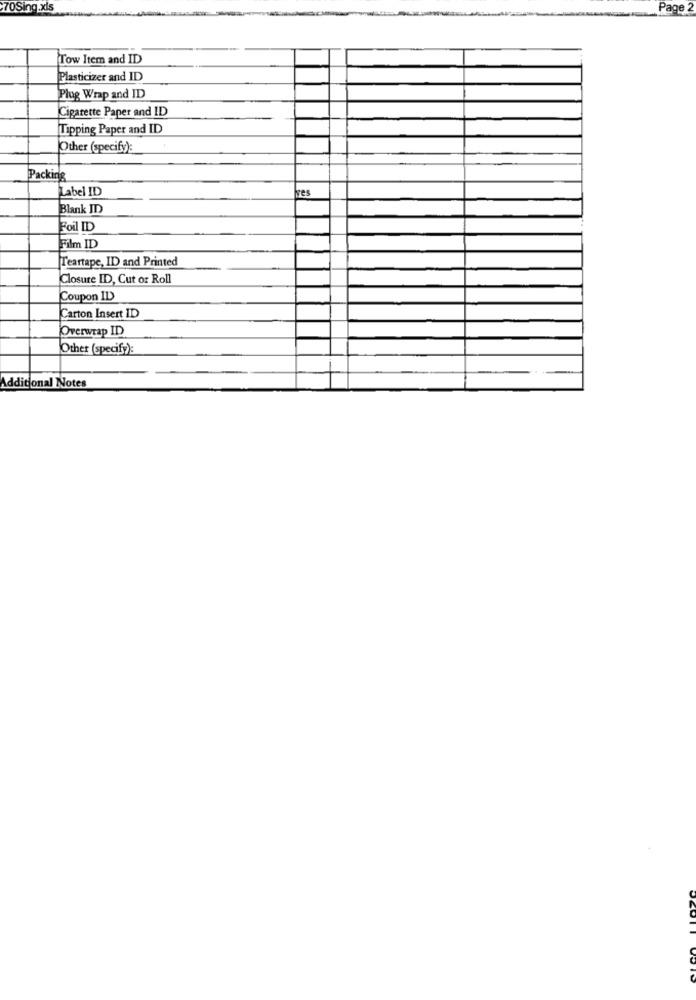
70Sing.xls
Page :
Tow Item and ID
Plasticizer and ID
Plug Wrap and ID
Cigarette Paper and ID
Tipping Paper and ID
Other (specify):
Packing
Label ID
ves
Blank ID
Foil ID
Film ID
Teartape, ID and Printed
Closure ID, Cut or Roll
Coupon ID
Carton Insert ID
Overwrap ID
Other (specify):
Additional Notes